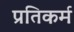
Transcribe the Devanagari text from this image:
प्रतिकर्म